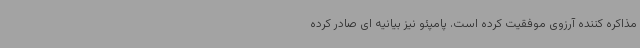
مذاکره کننده آرزوی موفقیت کرده است. پامپئو نیز بیانیه ای صادر کرده